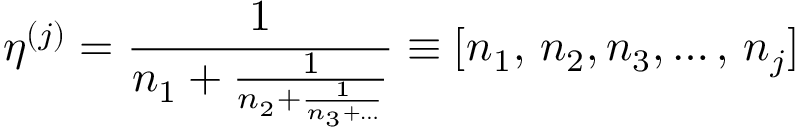
\eta ^ { ( j ) } = \frac { 1 } { n _ { 1 } + \frac { 1 } { n _ { 2 } + \frac { 1 } { n _ { 3 } + \ldots } } } \equiv [ n _ { 1 } , \, n _ { 2 } , n _ { 3 } , \ldots , \, n _ { j } ]